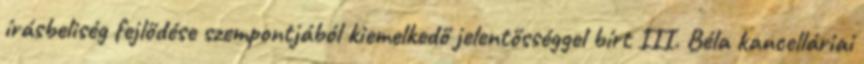
írásbeliség fejlődése szempontjából kiemelkedő jelentősséggel bírt III. Béla kancelláriai